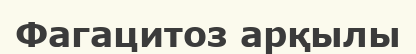
Фагацитоз арқылы